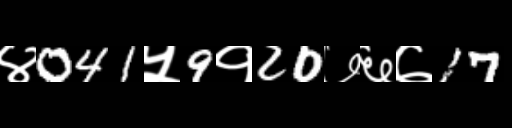
Text: ४041५9१20७६७17